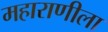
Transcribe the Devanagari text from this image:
महाराणीला